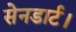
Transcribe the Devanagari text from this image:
सेनडार्ट।